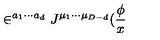
\in ^ { a _ { 1 } \cdots a _ { d } } J ^ { \mu _ { 1 } \cdots \mu _ { D - d } } ( \frac \phi x